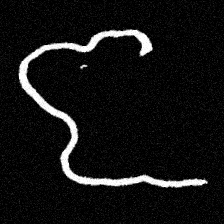
Pyu character \u2014 Myanmar letter: ဇ (romanized: ja)